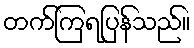
တက်ကြရပြန်သည်။